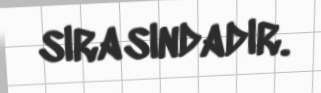
sırasındadır.